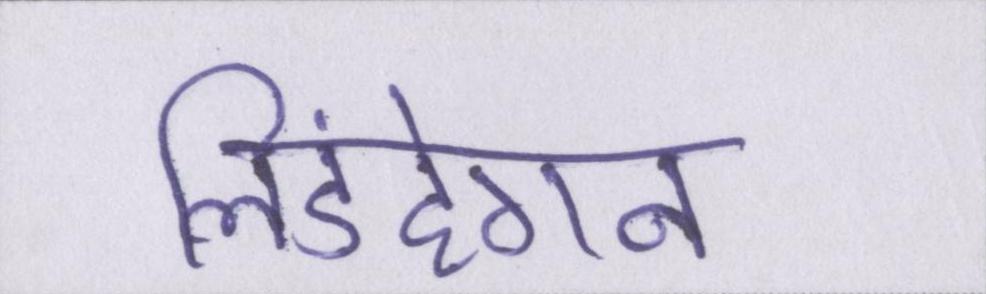
लिंडहेगन